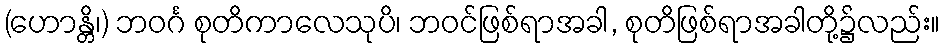
(ဟောန္တိ၊) ဘဝင်္ဂ စုတိကာလေသုပိ၊ ဘဝင်ဖြစ်ရာအခါ, စုတိဖြစ်ရာအခါတို့၌လည်း။